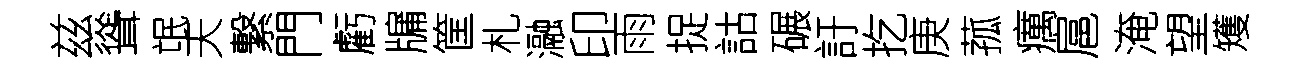
兹聳氓天繋門虧牖筐札瀜印雨捉詁碾訏扢庚菰癘扈淹望矱